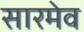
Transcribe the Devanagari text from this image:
सारमेव